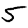
Digit: 5